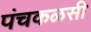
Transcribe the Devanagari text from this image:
पंचकळसी